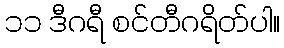
၁၁ ဒီဂရီ စင်တီဂရိတ်ပါ။